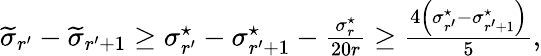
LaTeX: \begin{array}{r}{\widetilde{\sigma}_{r^{\prime}}-\widetilde{\sigma}_{r^{\prime}+1}\geq\sigma_{r^{\prime}}^{\star}-\sigma_{r^{\prime}+1}^{\star}-\frac{\sigma_{r}^{\star}}{20r}\geq\frac{4\left(\sigma_{r^{\prime}}^{\star}-\sigma_{r^{\prime}+1}^{\star}\right)}{5},}\end{array}